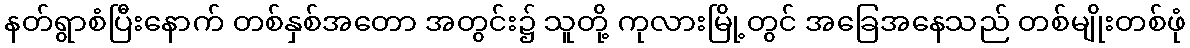
နတ်ရွာစံပြီးနောက် တစ်နှစ်အတော အတွင်း၌ သူတို့ ကုလားမြို့တွင် အခြေအနေသည် တစ်မျိုးတစ်ဖုံ